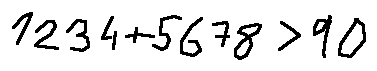
1 2 3 4 + 5 6 7 8 > 9 0